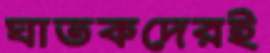
ঘাতকদেরই